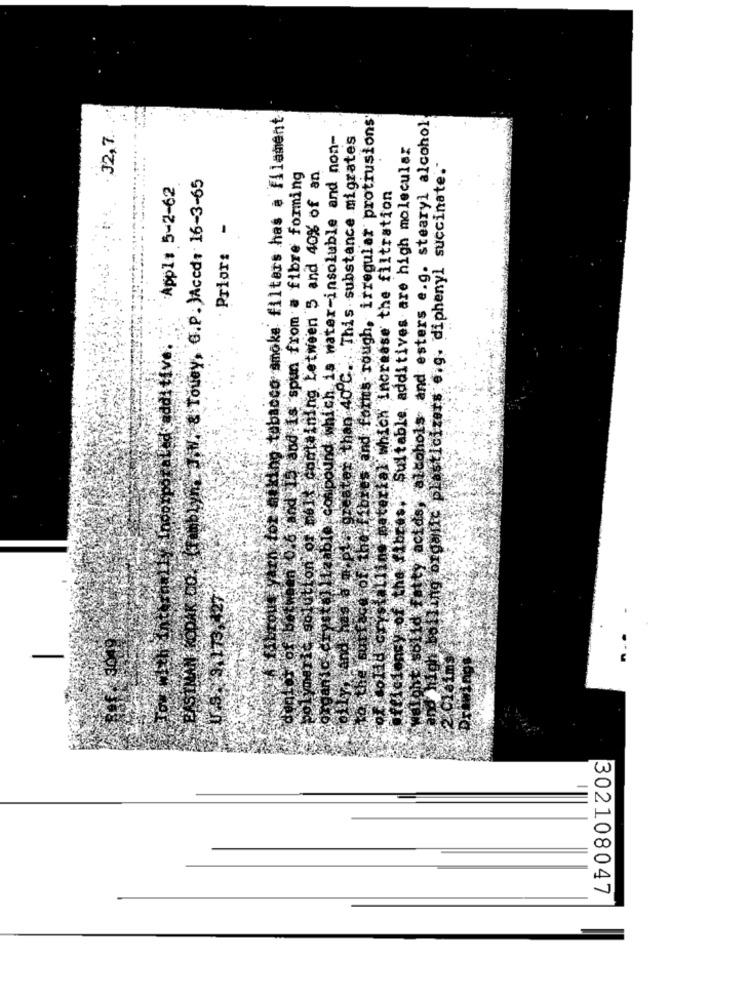
asking tobacco smoke filters has a filament
hetstores and forms-rough, irregular protrusions
"acids, alcohols and esters e.g. stearyl alcohol
32,7.
d which is water-insoluble and non-
ater than 40 ℃. This substance migrates
the fibres, Suitable additives are high molecular
Sncof pets containing between 5 and 40% of an
iling organic plasticizers e.g. diphenyl succinate.
blyno doN. & Touey, G.P . )Aced: 16-3-65
Chandtis spun from # fibre forming
Appl: 5-2-62
kal which increase the filtration
Prior: -
Conipound wh
Baterka).
gze
1128b1
hbo
302108047